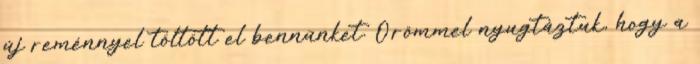
új reménnyel töltött el bennünket. Örömmel nyugtáztuk, hogy a